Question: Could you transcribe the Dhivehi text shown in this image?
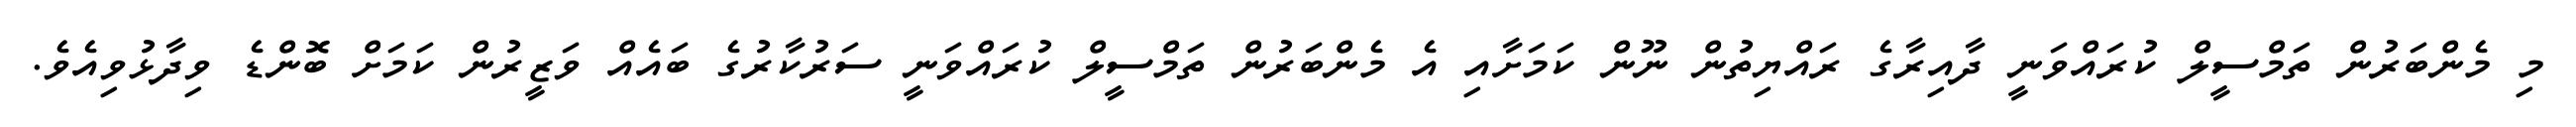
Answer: މި މެންބަރުން ތަމްސީލް ކުރައްވަނީ ދާއިރާގެ ރައްޔިތުން ނޫން ކަމަށާއި އެ މެންބަރުން ތަމްސީލް ކުރައްވަނީ ސަރުކާރުގެ ބައެއް ވަޒީރުން ކަމަށް ބޮންޑެ ވިދާޅުވިއެވެ.